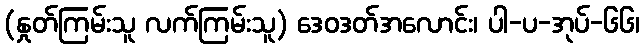
(နှုတ်ကြမ်းသူ လက်ကြမ်းသူ) ဒေဝဒတ်အလောင်း၊ ပါ-ပ-အုပ်-၆၆၊